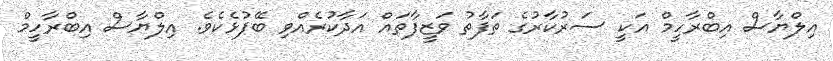
އިލްޔާސް އިބްރާހީމް އަކީ ސަރުކާރުގެ ތަފާތު ވަޒީފާތައް އަދާކުރެއްވި ބޭފުޅެކެވެ. އިލްޔާސް އިބްރާހީމް